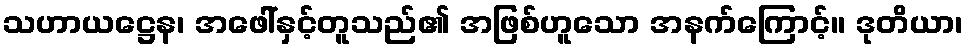
သဟာယဋ္ဌေန၊ အဖေါ်နှင့်တူသည်၏ အဖြစ်ဟူသော အနက်ကြောင့်။ ဒုတိယာ၊